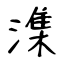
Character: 潗